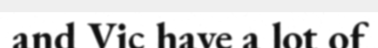
and Vic have a lot of